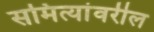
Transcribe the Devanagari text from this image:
समित्यांवरील